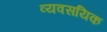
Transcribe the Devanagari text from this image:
व्यवसयिक